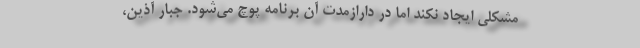
مشکلی ایجاد نکند اما در دارازمدت آن برنامه پوچ می‌شود. جبار آذین،